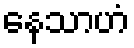
နေသာဟံ